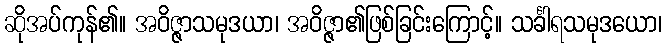
ဆိုအပ်ကုန်၏။ အဝိဇ္ဇာသမုဒယာ၊ အဝိဇ္ဇာ၏ဖြစ်ခြင်းကြောင့်။ သင်္ခါရသမုဒယော၊